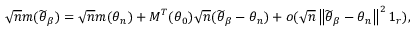
\sqrt { n } \boldsymbol { m } ( \widetilde { \boldsymbol { \theta } } _ { \beta } ) = \sqrt { n } \boldsymbol { m } ( \boldsymbol { \theta } _ { n } ) + \boldsymbol { M } ^ { T } ( \boldsymbol { \theta } _ { 0 } ) \sqrt { n } ( \widetilde { \boldsymbol { \theta } } _ { \beta } - \boldsymbol { \theta } _ { n } ) + o ( \sqrt { n } \left\Vert \widetilde { \boldsymbol { \theta } } _ { \beta } - \boldsymbol { \theta } _ { n } \right\Vert ^ { 2 } \boldsymbol { 1 } _ { r } ) ,